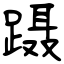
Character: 蹑